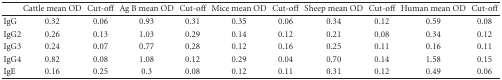
|  | Cattle mean OD | Cut-off | Ag B mean OD | Cut-off | Mice mean OD | Cut-off | Sheep mean OD | Cut-off | Human mean OD | Cut-off |
 | --- | --- | --- | --- | --- | --- | --- | --- | --- | --- | --- |
 | IgG | 0.32 | 0.06 | 0.93 | 0.31 | 0.35 | 0.06 | 0.34 | 0.12 | 0.59 | 0.08 |
 | IgG2 | 0.26 | 0.13 | 1.03 | 0.29 | 0.14 | 0.12 | 0.21 | 0.08 | 0.34 | 0.12 |
 | IgG3 | 0.24 | 0.07 | 0.77 | 0.28 | 0.12 | 0.16 | 0.25 | 0.11 | 0.16 | 0.11 |
 | IgG4 | 0.82 | 0.08 | 1.08 | 0.12 | 0.29 | 0.04 | 0.70 | 0.14 | 1.58 | 0.15 |
 | IgE | 0.16 | 0.25 | 0.3 | 0.08 | 0.12 | 0.11 | 0.31 | 0.12 | 0.49 | 0.06 |